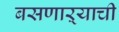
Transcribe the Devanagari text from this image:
बसणाऱ्याची